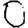
Digit: 0